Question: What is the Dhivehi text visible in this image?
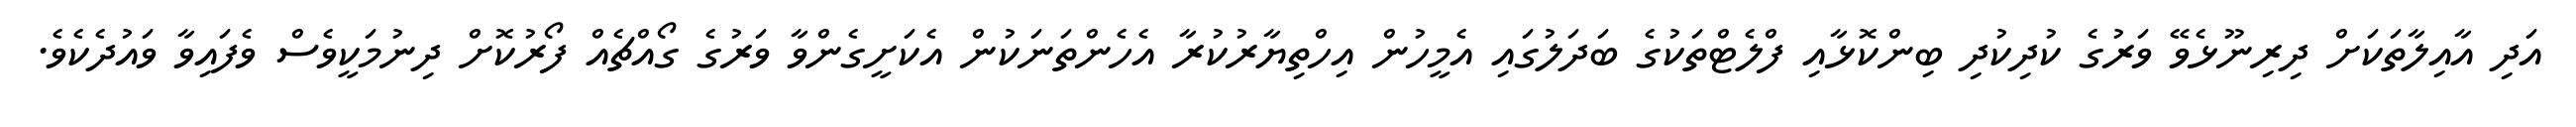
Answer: އަދި އާއިލާތަކަށް ދިރިނޫޅެވޭ ވަރުގެ ކުދިކުދި ބިންކޮޅާއި ފްލެޓްތަކުގެ ބަދަލުގައި އެމީހުން އިހްތިޔާރުކުރާ އެހެންތަނަކުން އެކަށީގެންވާ ވަރުގެ ގޯއްޗެއް ފޯރުކޮށް ދިނުމަކީވެސް ވެފައިވާ ވައުދެކެވެ.